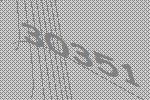
30351